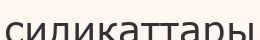
силикаттары